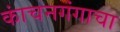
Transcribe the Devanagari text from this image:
कांचनगंगाचा